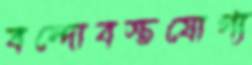
বন্দোবস্তযোগ্য